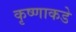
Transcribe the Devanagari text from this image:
कृष्णाकडे